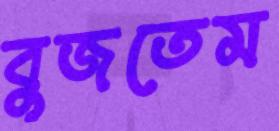
বুজতেম